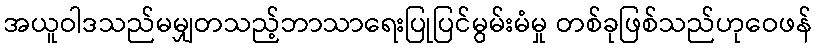
အယူဝါဒသည်မမျှတသည့်ဘာသာရေးပြုပြင်မွမ်းမံမှု တစ်ခုဖြစ်သည်ဟုဝေဖန်